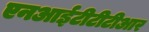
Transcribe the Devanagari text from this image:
एनआईटीटीटीआर